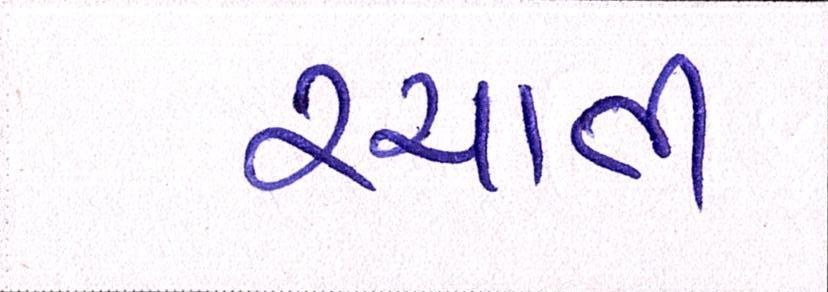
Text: રચાતી